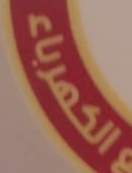
الكهرباء